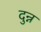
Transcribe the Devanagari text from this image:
दुन्न